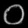
Digit: ၀